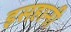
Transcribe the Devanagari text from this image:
इसहानी